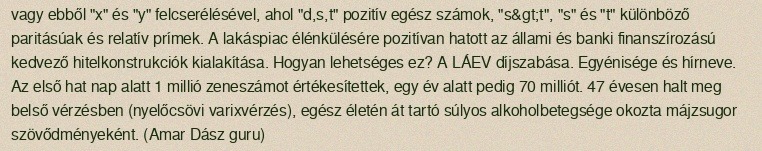
vagy ebből "x" és "y" felcserélésével, ahol "d,s,t" pozitív egész számok, "s&gt;t", "s" és "t" különböző paritásúak és relatív prímek. A lakáspiac élénkülésére pozitívan hatott az állami és banki finanszírozású kedvező hitelkonstrukciók kialakítása. Hogyan lehetséges ez? A LÁEV díjszabása. Egyénisége és hírneve. Az első hat nap alatt 1 millió zeneszámot értékesítettek, egy év alatt pedig 70 milliót. 47 évesen halt meg belső vérzésben (nyelőcsövi varixvérzés), egész életén át tartó súlyos alkoholbetegsége okozta májzsugor szövődményeként. (Amar Dász guru)